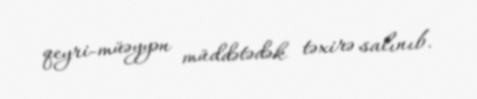
qeyri-müəyyən müddətədək təxirə salınıb.